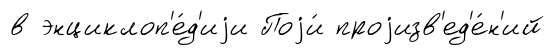
в энциклоп'е́д'иjи Поjи́ проjизв'ед'е́н'ий